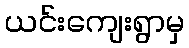
ယင်းကျေးရွာမှ